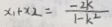
x _ { 1 } + x _ { 2 } = \frac { - 2 k } { 1 - k ^ { 2 } }